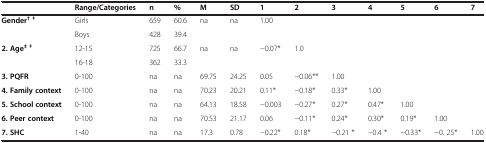
<table><thead><tr><td><b> </b></td><td><b>Range/Categories</b></td><td><b>n</b></td><td><b>%</b></td><td><b>M</b></td><td><b>SD</b></td><td><b>1</b></td><td><b>2</b></td><td><b>3</b></td><td><b>4</b></td><td><b>5</b></td><td><b>6</b></td><td><b>7</b></td></tr></thead><tbody><tr><td><b>Gender</b><sup><b>† ǂ</b></sup></td><td>Girls</td><td>659</td><td>60.6</td><td>na</td><td>na</td><td>1.00</td><td> </td><td> </td><td> </td><td> </td><td> </td><td> </td></tr><tr><td> </td><td>Boys</td><td>428</td><td>39.4</td><td> </td><td> </td><td> </td><td> </td><td> </td><td> </td><td> </td><td> </td><td> </td></tr><tr><td><b>2. Age</b><sup><b>‡ ǂ</b></sup></td><td>12-15</td><td>725</td><td>66.7</td><td>na</td><td>na</td><td>−0.07*</td><td>1.0</td><td> </td><td> </td><td> </td><td> </td><td> </td></tr><tr><td> </td><td>16-18</td><td>362</td><td>33.3</td><td> </td><td> </td><td> </td><td> </td><td> </td><td> </td><td> </td><td> </td><td> </td></tr><tr><td><b>3. PQFR</b></td><td>0-100</td><td>na</td><td>na</td><td>69.75</td><td>24.25</td><td>0.05</td><td>−0.06**</td><td>1.00</td><td> </td><td> </td><td> </td><td> </td></tr><tr><td><b>4. Family context</b></td><td>0-100</td><td>na</td><td>na</td><td>70.23</td><td>20.21</td><td>0.11*</td><td>−0.18*</td><td>0.33*</td><td>1.00</td><td> </td><td> </td><td> </td></tr><tr><td><b>5. School context</b></td><td>0-100</td><td>na</td><td>na</td><td>64.13</td><td>18.58</td><td>−0.003</td><td>−0.27*</td><td>0.27*</td><td>0.47*</td><td>1.00</td><td> </td><td> </td></tr><tr><td><b>6. Peer context</b></td><td>0-100</td><td>na</td><td>na</td><td>70.53</td><td>21.17</td><td>0.06</td><td>−0.11*</td><td>0.24*</td><td>0.30*</td><td>0.19*</td><td>1.00</td><td> </td></tr><tr><td><b>7. SHC</b></td><td>1-40</td><td>na</td><td>na</td><td>17.3</td><td>0.78</td><td>−0.22*</td><td>0.18*</td><td>−0.21 *</td><td>−0.4 *</td><td>−0.33*</td><td>−0. 25*</td><td>1.00</td></tr></tbody></table>